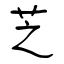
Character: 芝